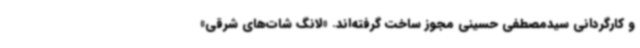
و کارگردانی سیدمصطفی حسینی مجوز ساخت گرفته‌اند. «لانگ شات‌های شرقی»